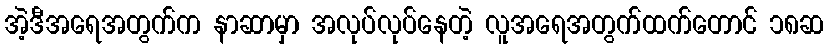
အဲ့ဒီအရေအတွက်က နာဆာမှာ အလုပ်လုပ်နေတဲ့ လူအရေအတွက်ထက်တောင် ၁၈ဆ